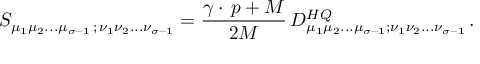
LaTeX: S _ { \mu _ { 1 } \mu _ { 2 } . . . \mu _ { \sigma - 1 } \, ; \, \nu _ { 1 } \nu _ { 2 } . . . \nu _ { \sigma - 1 } } = { \frac { \gamma \cdot \, p + M } { 2 M } } \, D _ { \mu _ { 1 } \mu _ { 2 } . . . \mu _ { \sigma - 1 } ; \nu _ { 1 } \nu _ { 2 } . . . \nu _ { \sigma - 1 } } ^ { H Q } \, .